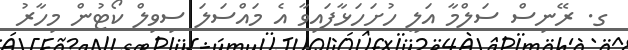
ގ. ރޭނިސް ސަލްމާ އަލީ ހުށަހަޅާފައިވާ އެ މައްސަލަ ސިވިލް ކޯޓުން މިހާރު